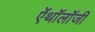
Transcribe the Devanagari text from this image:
ऐंथॉलॉजी